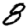
Digit: 8